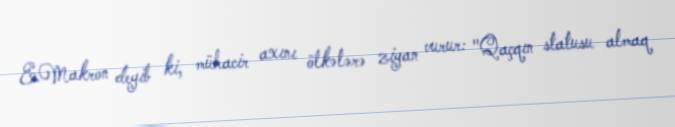
E.Makron deyib ki, mühacir axını ölkələrə ziyan vurur: "Qaçqın statusu almaq